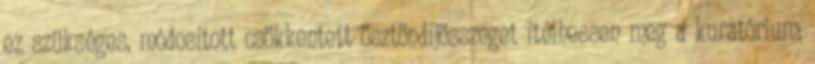
ez szükséges, módosított csökkentett ösztöndíjösszeget ítélhessen meg a kuratórium;